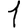
Digit: 1